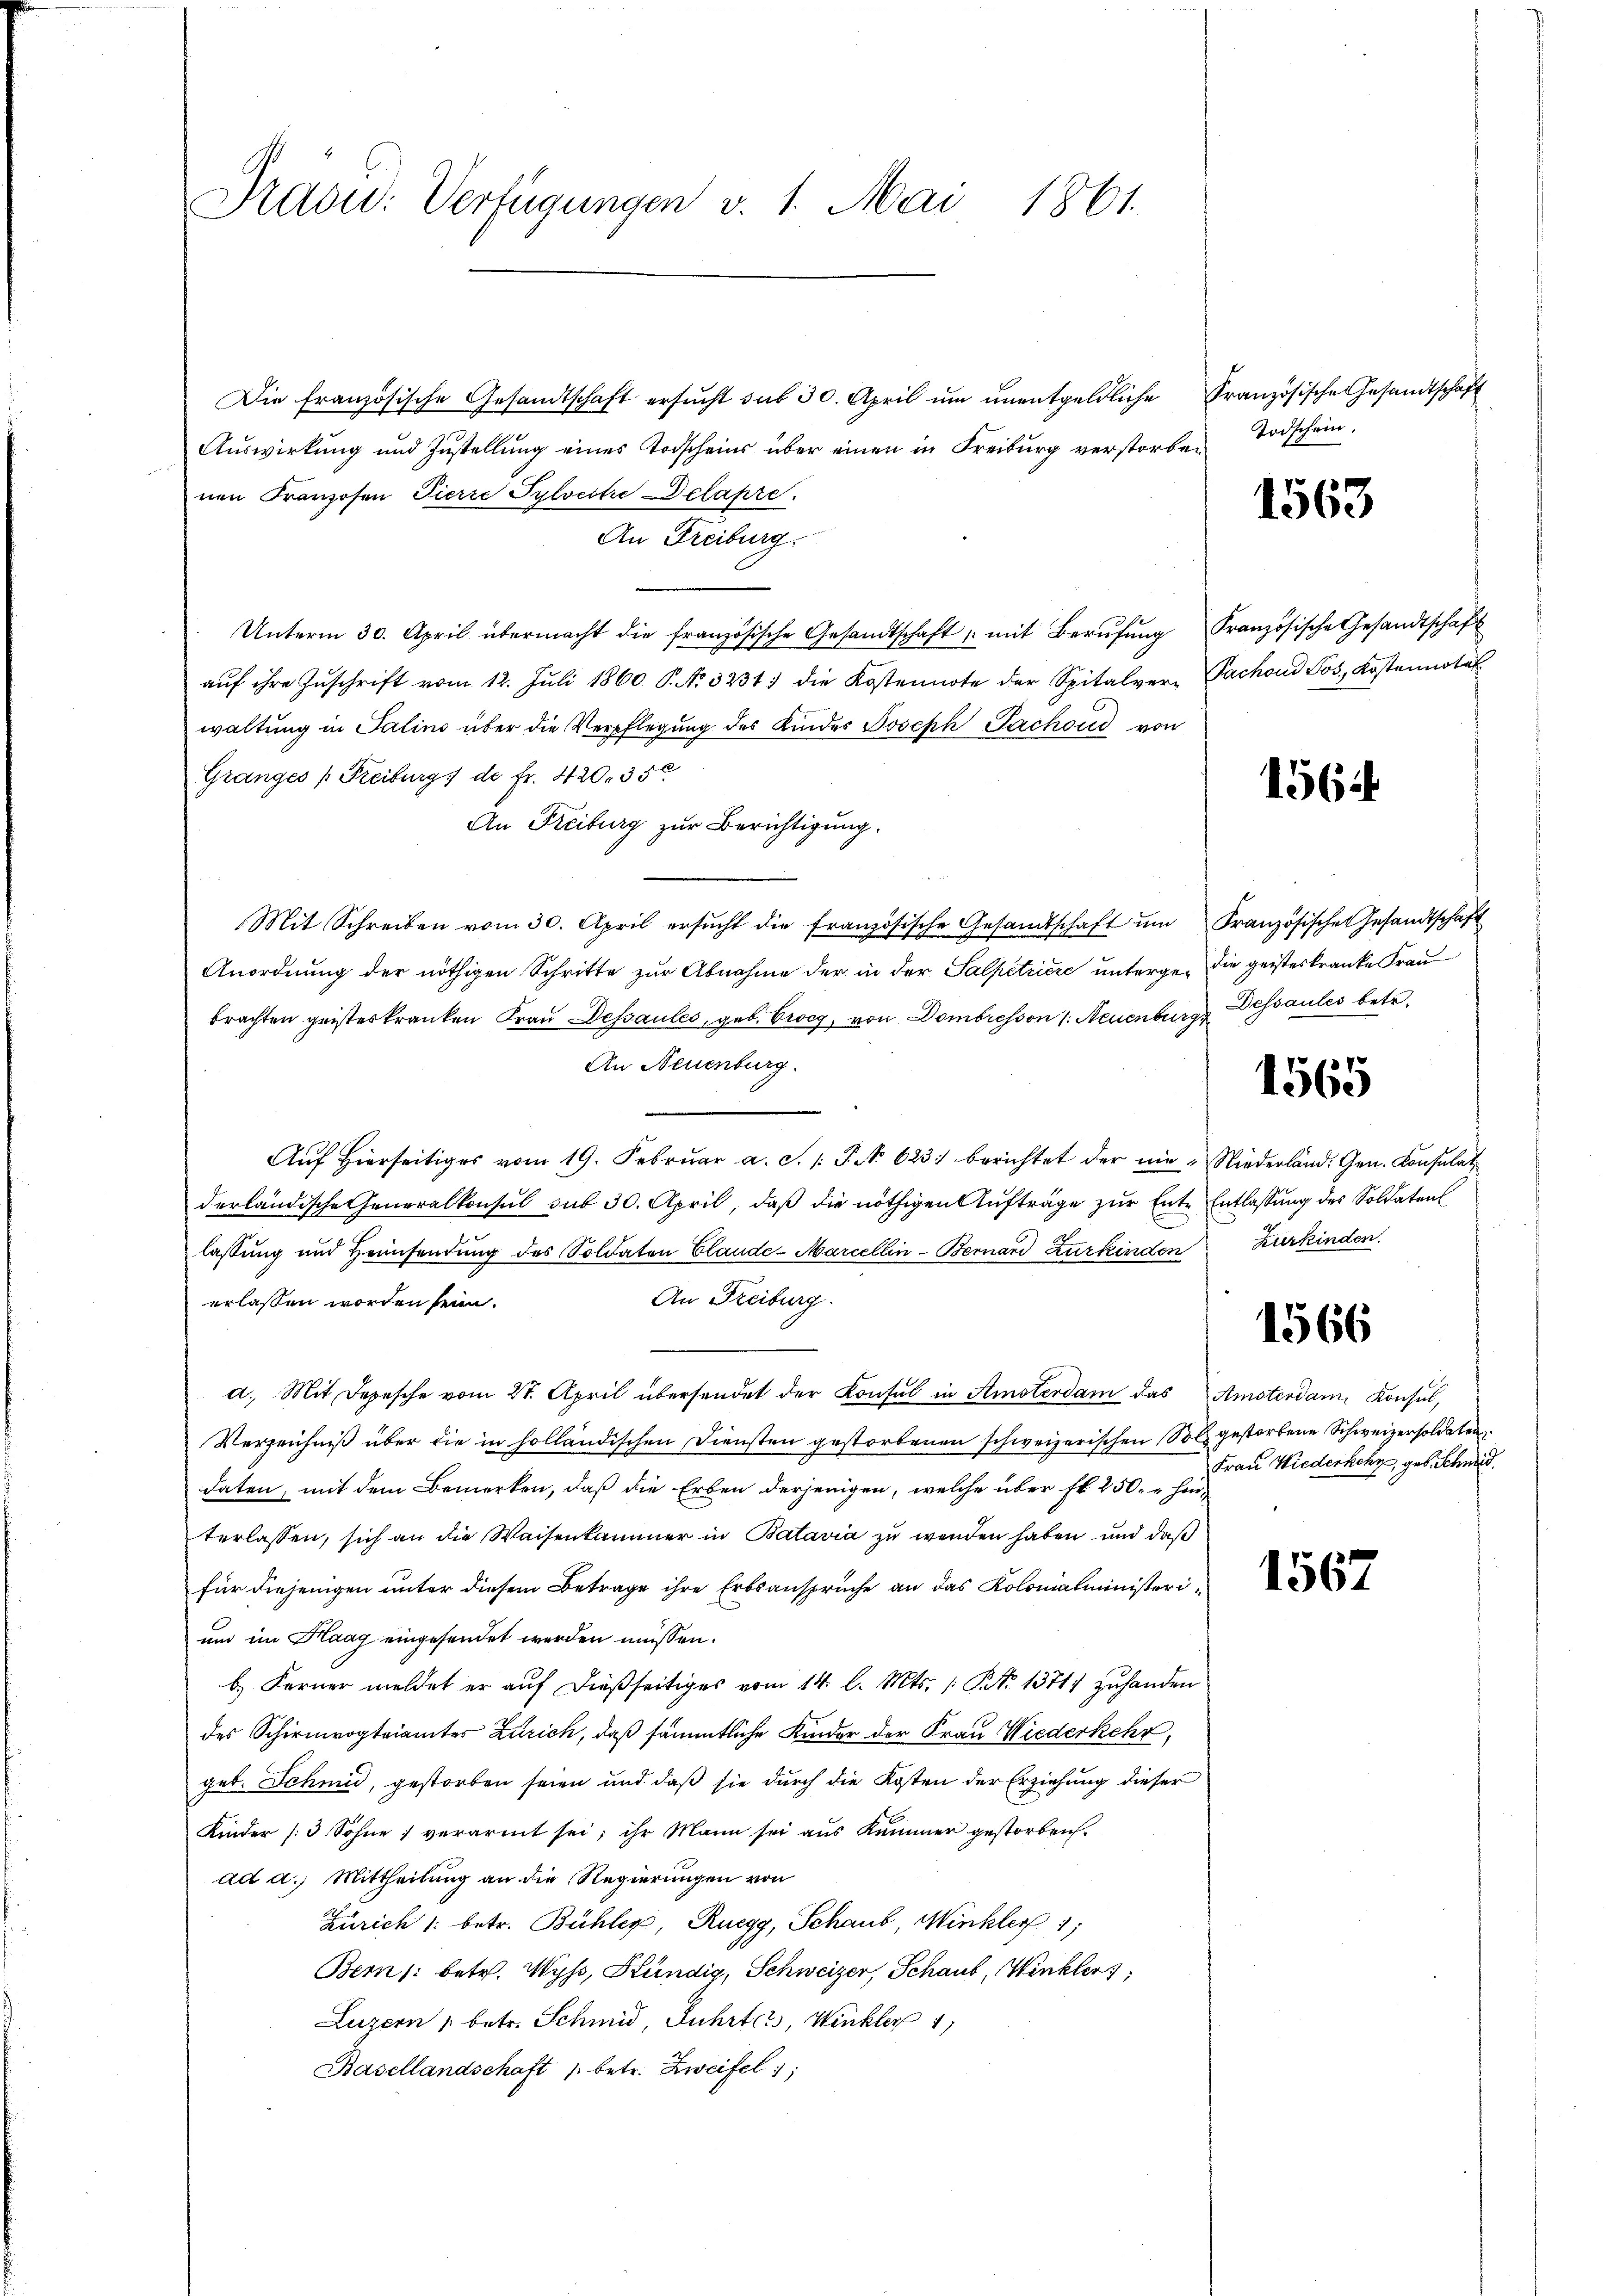
Präsid: Verfügungen v. 1. Mai 1861.

Die französische Gesandtschaft ersucht sub 30. April um unentgeldliche
Auswirkung und Zustellung eines Todscheins über einen in Freiburg verstorbenen Franzosen Pierre Sylvestie elahre.
An Freiburg.
Unterm 30. April übermacht die französische Gesandtschaft mit Berufung
aŭf ihre Zŭschrift vom 12. Jŭli 1860 S. No. 3231. die Kostennote der Spitalver-
waltung in Salins über die Verpflegung des Kinder Joseph Pachoud von
Granges (Freiburg 1 de fr. 420. 350
An Freiburg zur Berichtigung.
Mit Schreiben vom 30. April ersŭcht die französische Gesandtschaft um
Anordnung der nöthigen Schritte zur Abnahme der in der Salpetriere unterge-die geisteskranke Frau
brachten geisteskranken Frau Dessaules, geb. Crocg, von Dombresson 1. Neuenburg
An Neuenburg.
Auf Hierseitiges vom 19. Februar a. S. 1: P. No. 623 berichtet der nie Niederland. Gen. Konsulat
derländische Generalkonsul sub 30. April, daß die nöthigen Aufträge zur Ente Entlassung des Soldaten
lassung und Heimsendung des Soldaten Claude-Marcellin-Bernand Zurkinden Kurkinden.
An Freiburg.
erlassen worden sein.
d. Mit Depesche vom 27. April übersendet der Konsul in Amsterdam das
Verzeichniβ über die in holländischen Diensten gestorbenen schweizerischen Soll gestorbene Schweizersoldaten
daten, mit dem Bemerken, daß die Erben derjenigen, welche über Fr. 250. hin-
terlassen, sich an die Waisenkammer in Batavia zu werden haben und daß
für diejenigen unter diesem Betrage ihre Erbsansprüche an das Kolonialministeriun im Haag eingesendet werden müssen.
b. Ferner meldet er auf dießseitiges vom 14. l. Mts. /: No 1371 zuhanden
des Schirmvogteiamtes Zürich, daß sämmtliche Kinder der Frau Wiederkehr,
geb. Schmid, gestorben seien und daß sie durch die Kosten der Erziehung dieser
Kinder (:3 Söhne verarmt sei; ihr Mann sei aus Kummer gestorben.
ad d.) Mittheilung an die Regierungen von
Zürich 1. betr. Bühler, Ruegg, Schaub, Minkler 1
Bemn /: betr. Wyss, Kündig, Schweizer, Schaub, Winklers,
Luzern 1 betr. Schmid, Juhrter, Winkler 4)
Basellandschaft /: betr. Zweifel;

Französische Gesandtschaft
Todschein.

1563

Französische Gesandtschaft
Sachend Jos., Kostennotel

156

Französischen Gesandtschaft
Dessaules betr.

1565

1566

Amsterdam, Konsul,
Frau Wiederkehr, geb. Schmid.

1567